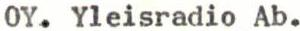
OY. Yleisradio Ab.